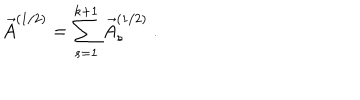
\vec { A } ^ { ( 1 / 2 ) } = \sum _ { s = 1 } ^ { k + 1 } \vec { A } _ { s } ^ { ( 1 / 2 ) } \ .